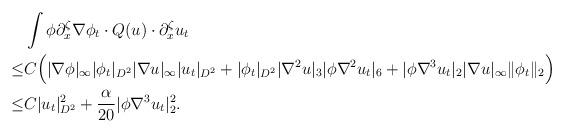
LaTeX: \begin{align*}&\int \phi \partial^\zeta_x \nabla \phi_t \cdot Q(u)\cdot \partial^\zeta_x u_t\\\leq& C\Big(|\nabla \phi|_\infty|\phi_t|_{D^2}|\nabla u|_\infty|u_t|_{D^2}+|\phi_t|_{D^2}|\nabla^2u|_{3}|\phi \nabla^2 u_t|_6+|\phi\nabla^3 u_t|_2|\nabla u|_\infty\|\phi_t\|_2\Big)\\\leq & C| u_t|^2_{D^2}+\frac{\alpha}{20}|\phi\nabla^3 u_t|^2_2.\end{align*}